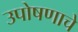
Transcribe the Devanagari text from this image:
उपोषणाचे